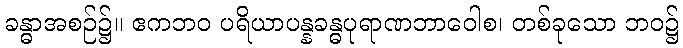
ခန္ဓာအစဉ်၌။ ဧကဘဝ ပရိယာပန္နခန္ဓပုရာဏဘာဝေါစ၊ တစ်ခုသော ဘဝ၌